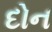
દોન